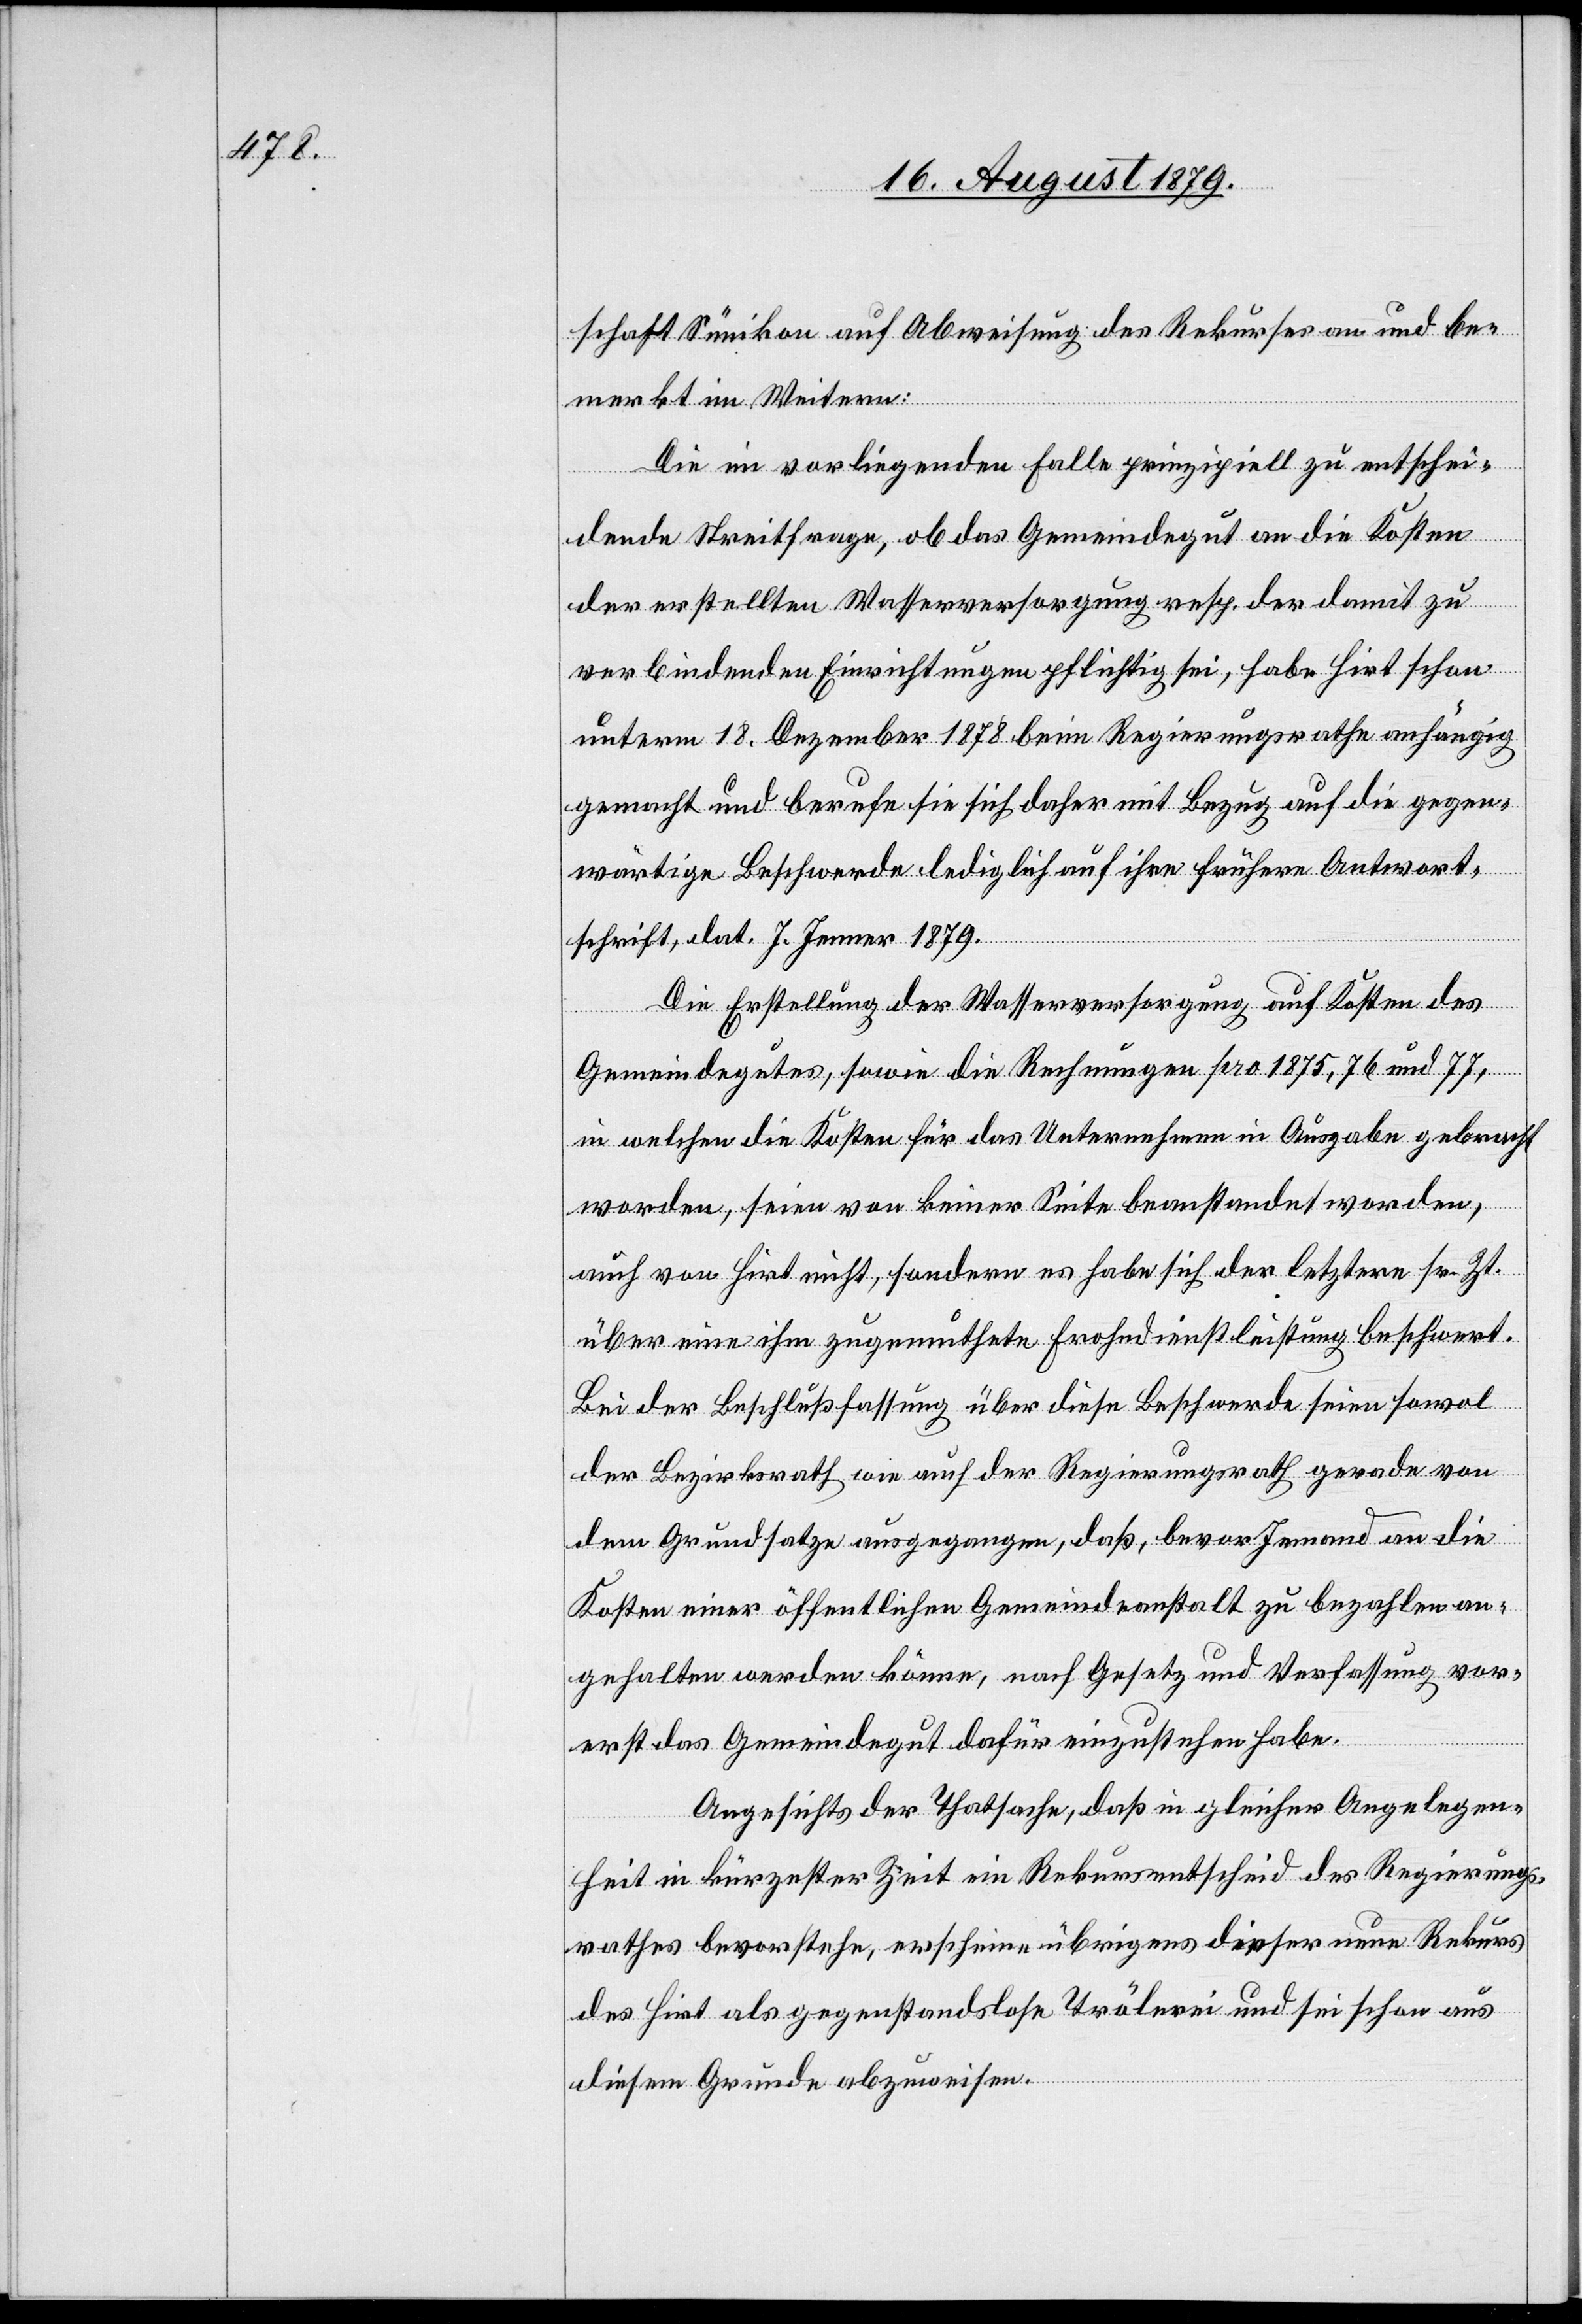
schaft Sünikon auf Abweisung des Rekurses an und be¬
merkt im Weitern:
Die im vorliegenden Falle prinzipiell zu entschei¬
dende Streitfrage, ob das Gemeindegut an die Kosten
der erstellten Wasserversorgung resp. der damit zu
verbindenden Einrichtungen pflichtig sei, habe Hirt schon
unterm 13. Dezember 1878 beim Regierungsrathe anhängig
gemacht und berufe sie sich daher mit Bezug auf die gegen¬
wärtige Beschwerde lediglich auf ihre frühere Antwort¬
schrift, dat. 7. Jenner 1879.
Die Erstellung der Wasserversorgung auf Kosten des
Gemeindegutes, sowie die Rechnungen pro 1875, 76 und 77,
in welchen die Kosten für das Unternehmen in Ausgabe gebracht
worden, seien von keiner Seite beanstandet worden,
auch von Hirt nicht, sondern es habe sich der letztere sr. Zt.
über eine ihm zugemuthete Frohndienstleistung beschwert.
Bei der Beschlussfassung über diese Beschwerde seien sowol
der Bezirksrath wie auch der Regierungsrath gerade von
dem Grundsatze ausgegangen, daß, bevor Jemand an die
Kosten einer öffentlichen Gemeindeanstalt zu bezahlen an¬
gehalten werden könne, nach Gesetz und Verfaßung vor¬
erst das Gemeindegut dafür einzustehen habe.
Angesichts der Thatsache, daß in gleicher Angelegen¬
heit in kürzester Zeit ein Rekursentscheid des Regierungs¬
rathes bevorstehe, erscheine übrigens dieser neue Rekurs
des Hirt als gegenstandslose Trölerei und sei schon aus
diesem Grunde abzuweisen.